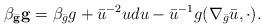
LaTeX: \begin{align*}\beta_{\bar {\mathbf{g}}} \mathbf {g} = \beta_{\bar g} g + \bar u^{-2} u du -\bar u^{-1} g(\nabla_{\bar g} \bar u, \cdot).\end{align*}